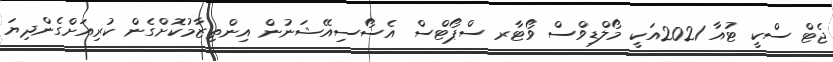
ޖެޓް ސްކީ ޓުއާ 2021އަކީ މޯލްޑިވްސް ވޯޓާރ ސްޕޯޓްސް އެސޯސިއޭޝަނުން އިންތިޒާމުކޮށްގެން ކުރިއަށްގެންދިޔަ